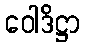
ဝေါဒိဋ္ဌာ